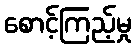
စောင့်ကြည့်မှု